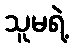
သူမရဲ့